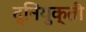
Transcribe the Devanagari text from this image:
द्नियुक्ती